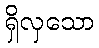
ရှိလှသော